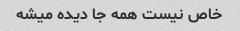
خاص نیست همه جا دیده میشه